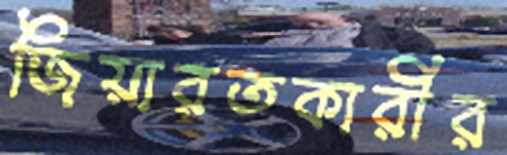
জিয়ারতকারীর